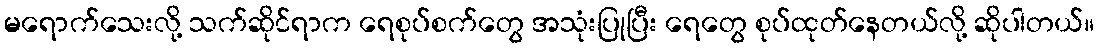
မရောက်သေးလို့ သက်ဆိုင်ရာက ရေစုပ်စက်တွေ အသုံးပြုပြီး ရေတွေ စုပ်ထုတ်နေတယ်လို့ ဆိုပါတယ်။